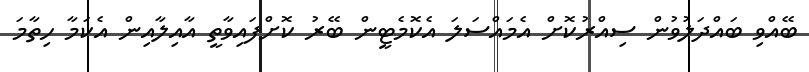
ބޭއްވި ބައްދަލުވުން ސިއްރުކޮށް އެމައްސަލަ އެކޮމެޓީން ބޭރު ކޮށްފައިވާތީ އާއިލާއިން އެކަމާ ހިތާމަ